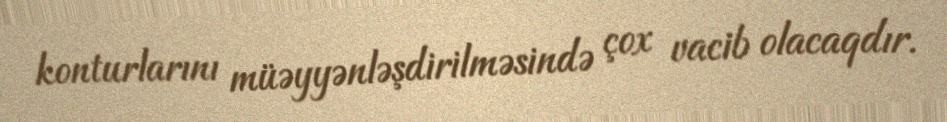
konturlarını müəyyənləşdirilməsində çox vacib olacaqdır.